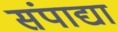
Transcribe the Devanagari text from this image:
संपाद्या